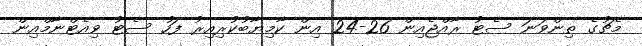
މެޗުގެ ތިންވަނަ ސެޓު ރާއްޖެއިން 26-24 އިން ކާމިޔާބުކުރިއިރު ފަހު ސެޓު ވިއެޓްނާމްއިން